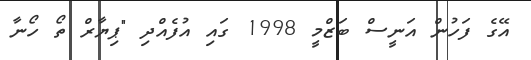
އޭގެ ފަހުން އަނީސް ބަޒްމީ 1998 ގައި އުފެއްދި "ޕިޔާރް ތޯ ހޯނާ